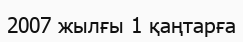
2007 жылғы 1 қаңтарға